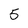
Character: 5